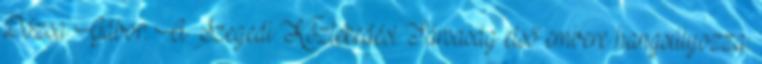
Dózsa Gábor. A Szegedi Közlekedési Társaság első embere hangsúlyozza: